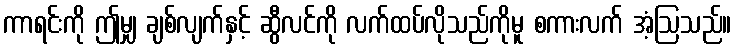
ကာရင်းကို ဤမျှ ချစ်လျက်နှင့် ဆွီလင်ကို လက်ထပ်လိုသည်ကိုမူ စကားလက် အံ့ဩသည်။